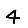
Digit: 4